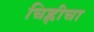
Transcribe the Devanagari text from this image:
चिह्लीचा